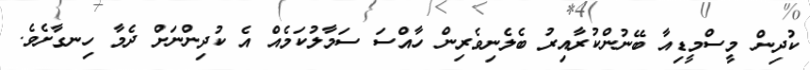
ކުދިން މީސްމީޑިއާ ބޭނުންކުރާއިރު ބެލެނިވެރިން ހާއްސަ ސަމާލުކަމެއް އެ ކުދިންނަށް ދެމާ ހިނގާށެވެ.